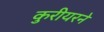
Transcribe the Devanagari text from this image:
कुरीयरने